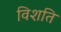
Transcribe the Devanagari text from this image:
विशति